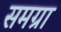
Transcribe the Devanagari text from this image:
समग्रा